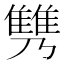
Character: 𩀟